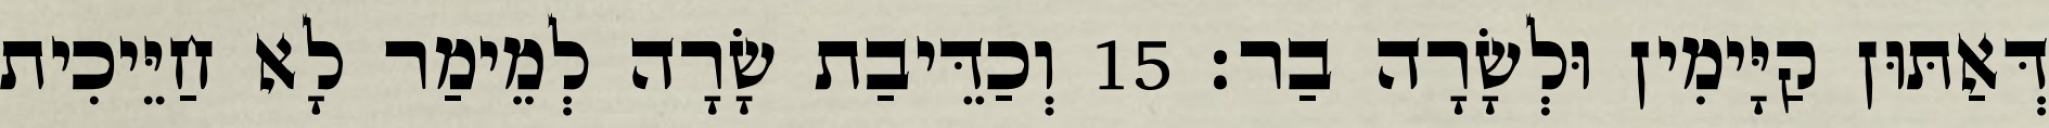
דְּאַתּוּן קַיָּימִין וּלְשָׂרָה בַר׃ 15 וְכַדֵּיבַת שָׂרָה לְמֵימַר לָא חַיֵּיכִית